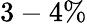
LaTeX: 3-4\%